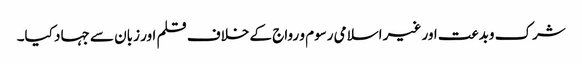
شرک وبدعت اور غیر اسلامی رسوم و رواج کے خلاف قلم اور زبان سے جہاد کیا۔